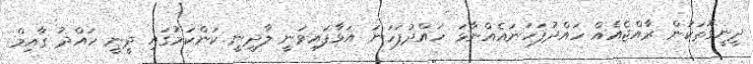
ދީނީގޮތަކުން ރާއްޖެއެއް ހައްދުފަހަނައެއްނާޅަ ހައްދުފަހަނަ އަޅާފައިވަނީ ލާދީނީ ކަންކަމުގައި ދީނީ ހައްދު ގާއިމް